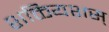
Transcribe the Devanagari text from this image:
शक्तियशस्